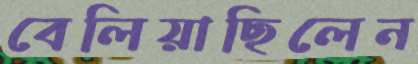
বেলিয়াছিলেন